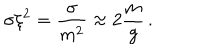
LaTeX: \sigma \xi ^ { 2 } = \frac { \sigma } { m ^ { 2 } } \approx 2 \frac { m } { g } \, .